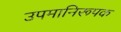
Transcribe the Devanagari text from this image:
उपमानिरूपक